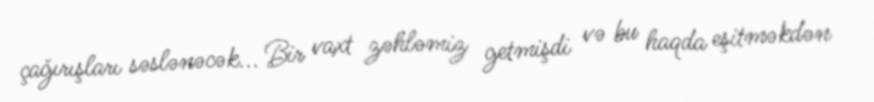
çağırışları səslənəcək... Bir vaxt zəhləmiz getmişdi və bu haqda eşitməkdən